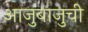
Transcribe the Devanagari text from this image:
आजुबाजुची